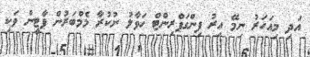
އަދި މިއަހަރު ނިމޭ އިރު ފިންގަޕްރިންޓް ހަވާލު ނުކުރާ މެމްބަރުން ޕާޓީން ވަކި